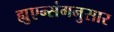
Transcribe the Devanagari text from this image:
ह्युएन्संगनुसार